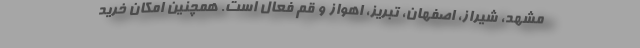
مشهد، شیراز، اصفهان، تبریز، اهواز و قم فعال است. همچنین امکان خرید